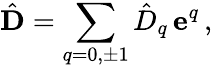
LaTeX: {\hat{\mathbf D}}=\sum_{q=0,\pm 1}{\hat{D}}_{q}\, {\mathbf e}^{q}\, ,